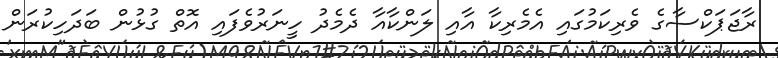
ރާޖަޕަކްސާގެ ވެރިކަމުގައި އެމެރިކާ އާއި ލަންކާއާ ދެމެދު ހީނަރުވެފައި އޮތް ގުޅުން ބަދަހިކުރަން